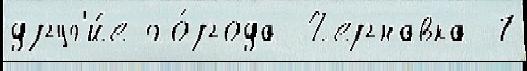
друг'и́е го́рода Чернавка 7